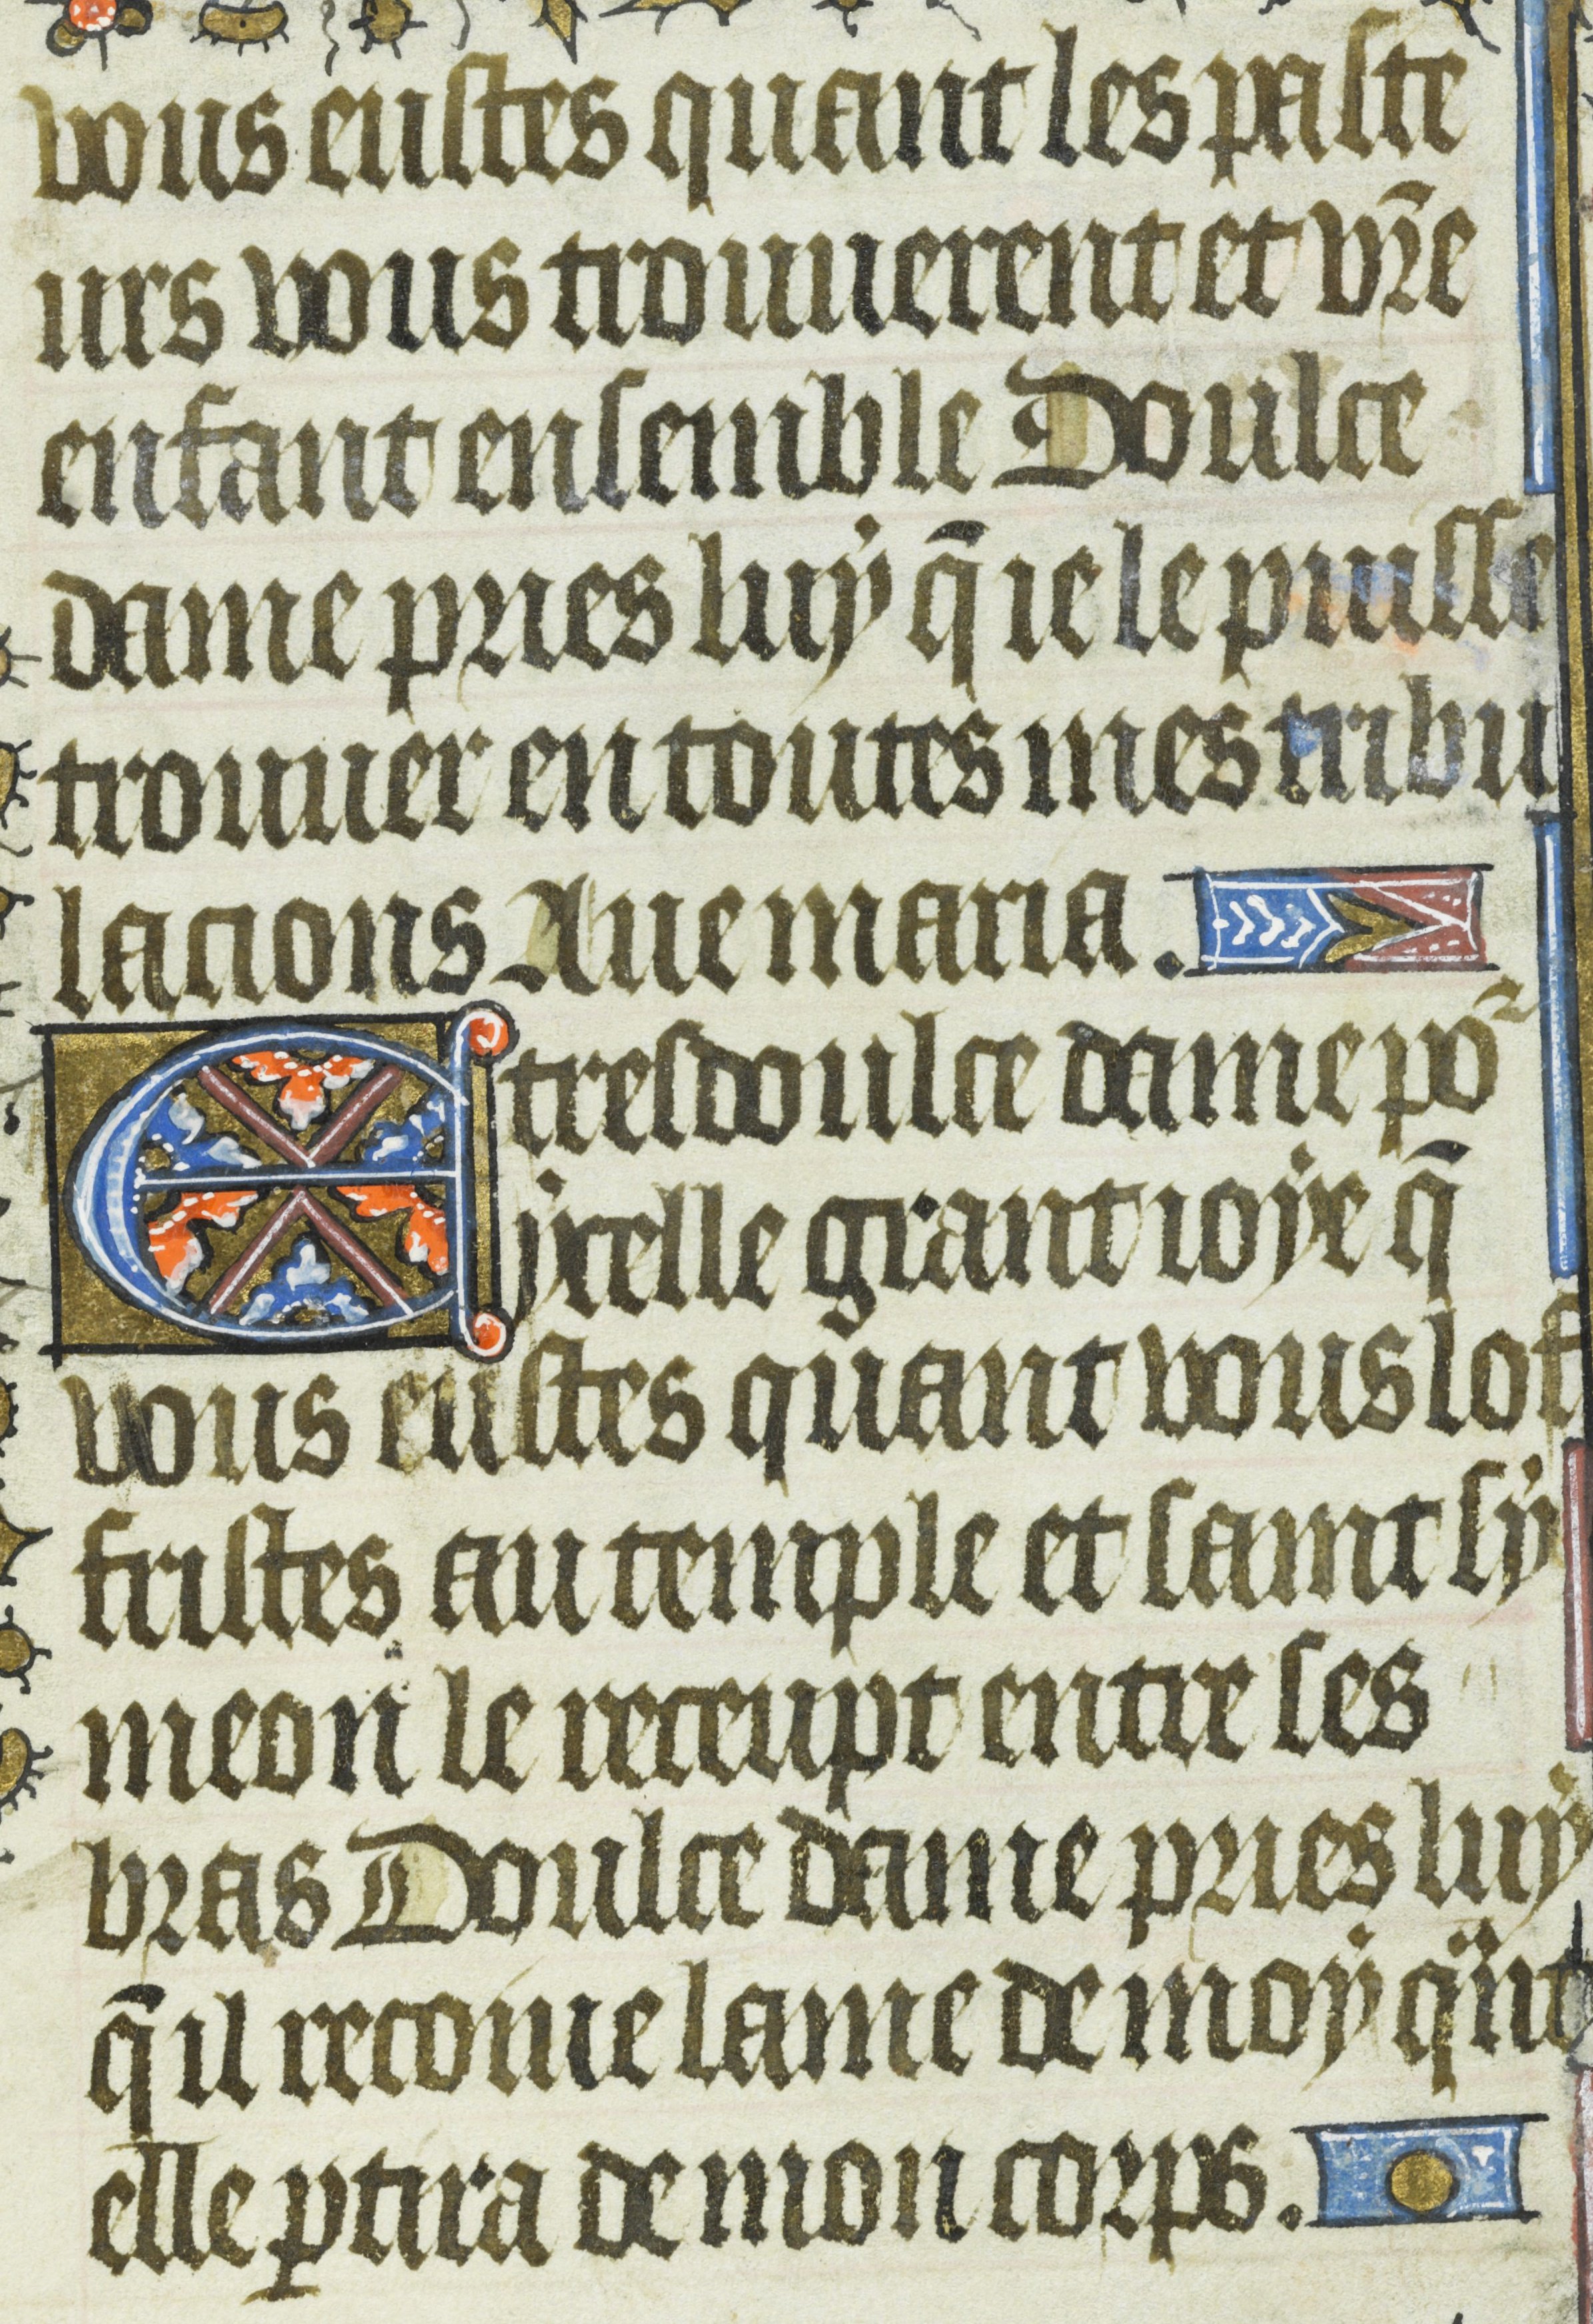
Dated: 1435–1465